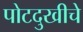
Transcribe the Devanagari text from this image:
पोटदुखीचे